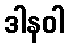
ဒါနဝါ